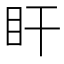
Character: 盰